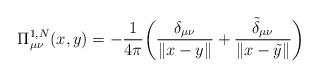
LaTeX: \begin{align*}\Pi^{1,N}_{\mu\nu}(x,y) = -\frac{1}{4\pi}\biggl(\frac{\delta_{\mu\nu}}{\|x-y\|} + \frac{\tilde \delta_{\mu\nu}}{\|x-\tilde y\|}\biggr)\end{align*}